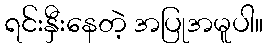
ရင်းနှီးနေတဲ့ အပြုအမူပါ။